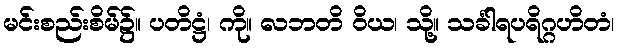
မင်းစည်းစိမ်၌။ ပတိဋ္ဌံ၊ ကို။ လဘတိ ဝိယ၊ သို့။ သင်္ခါရပရိဂ္ဂဟိတံ၊